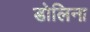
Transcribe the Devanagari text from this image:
डोलिना